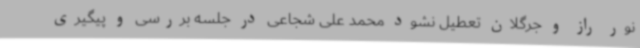
نور راز و جرگلان تعطیل نشود محمد علی شجاعی در جلسه بررسی و پیگیری